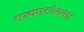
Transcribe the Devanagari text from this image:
राज्यघटनेनसार